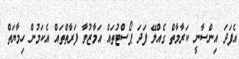
އެފަދަ އިންސާނީ ކަރާމާތް ގެއްލޭ ފަދަ ޕޯސްޓުތައް އަމާޒުވާ ފަރާތްތައް އެކަމުން ހިމާޔަތް